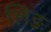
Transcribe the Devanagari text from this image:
लिङ